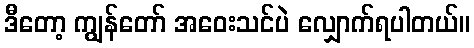
ဒီတော့ ကျွန်တော် အဝေးသင်ပဲ လျှောက်ရပါတယ်။